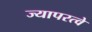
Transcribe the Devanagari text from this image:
ज्यापरत्वे